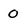
Character: 0